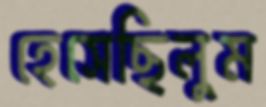
হেসেছিলুম